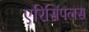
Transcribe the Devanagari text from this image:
एरिसिपलस